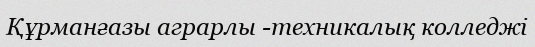
Құрманғазы аграрлы -техникалық колледжі